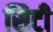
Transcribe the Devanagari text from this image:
सिटी